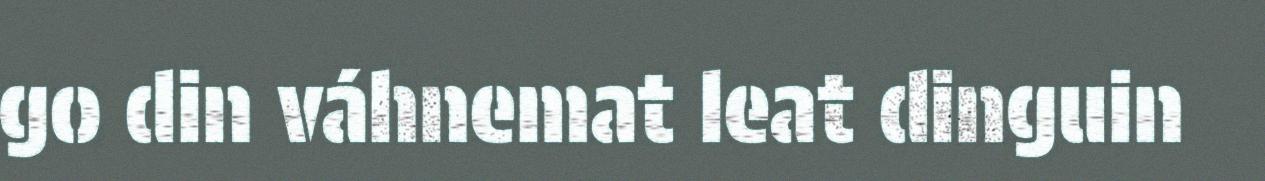
go din váhnemat leat dinguin